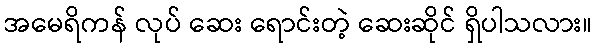
အမေရိကန် လုပ် ဆေး ရောင်းတဲ့ ဆေးဆိုင် ရှိပါသလား။